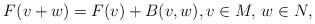
LaTeX: \begin{align*}F(v + w) = F(v) +B(v,w), v \in M, \, w \in N,\end{align*}